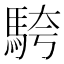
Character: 𩣔